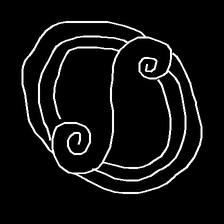
Glyph: wind-underfoot